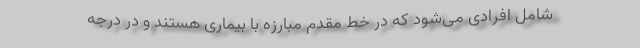
شامل افرادی می‌شود که در خط مقدم مبارزه با بیماری هستند و در درجه